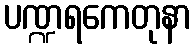
ပဏ္ဍရကေတုနာ